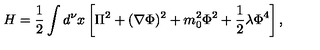
H = \frac { 1 } { 2 } \int d ^ { \nu } x \left[ \Pi ^ { 2 } + ( \nabla \Phi ) ^ { 2 } + m _ { 0 } ^ { 2 } \Phi ^ { 2 } + \frac { 1 } { 2 } \lambda \Phi ^ { 4 } \right] ,